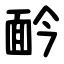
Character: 䩂